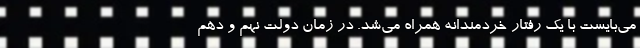
می‌بایست با یک رفتار خردمندانه همراه می‌شد. در زمان دولت نهم و دهم